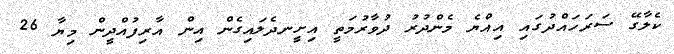
ކެލާގޭ ސަރަހައްދުގައި އިއްޔެ މެންދުރު ދުވާރުމަތީ އިށީނދެލައިގެން އިން އާރިފުއްދީން މިޔާ 26